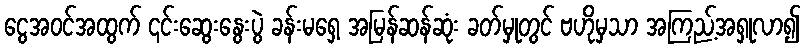
ငွေအဝင်အထွက် ၎င်းဆွေးနွေးပွဲ ခန်းမရှေ့ အမြန်ဆန်ဆုံး ခတ်မှုတွင် ဗဟိုမှသာ အကြည့်အရှုလာ၍